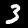
Label: 3